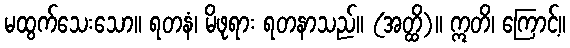
မထွက်သေးသော။ ရတနံ၊ မိဖုရား ရတနာသည်။ (အတ္ထိ)။ ဣတိ၊ ကြောင့်။